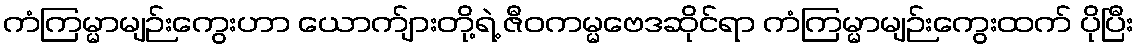
ကံကြမ္မာမျဉ်းကွေးဟာ ယောက်ျားတို့ရဲ့ ဇီဝကမ္မဗေဒဆိုင်ရာ ကံကြမ္မာမျဉ်းကွေးထက် ပိုပြီး